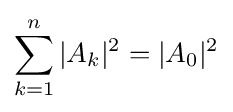
\sum _{k=1}^{n}|A_{k}|^{2}=|A_{0}|^{2}